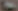
3